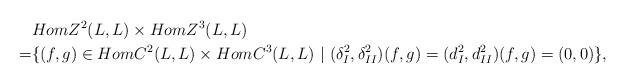
LaTeX: \begin{align*}&HomZ^2(L,L)\times HomZ^3(L,L)\\=&\{(f,g)\in HomC^2(L,L)\times HomC^3(L,L)~|~ (\delta_I^2, \delta_{II}^2)(f,g)=(d_I^2, d_{II}^2)(f,g)=(0,0)\},\end{align*}